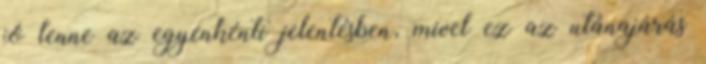
jó lenne az egyenkénti jelentésben, mivel ez az utánajárás